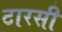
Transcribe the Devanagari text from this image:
टारसी